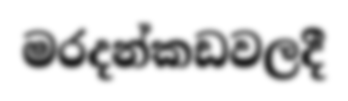
මරදන්කඩවලදී